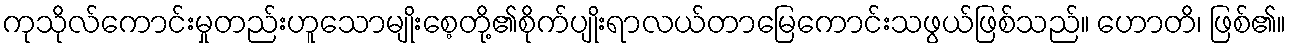
ကုသိုလ်ကောင်းမှုတည်းဟူသောမျိုးစေ့တို့၏စိုက်ပျိုးရာလယ်တာမြေကောင်းသဖွယ်ဖြစ်သည်။ ဟောတိ၊ ဖြစ်၏။